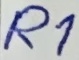
Text: R1